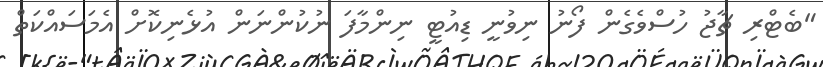
"ބެޓްރި ޗާޖު ހުސްވެގެން ފޯނު ނިވުނީ ޑިއުޓީ ނިންމާފަ ނުކުންނަން އުޅެނިކޮށް އެމަސައްކަތް